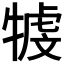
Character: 𤚳